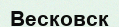
Весковск